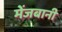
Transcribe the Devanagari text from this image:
मेंजबानी